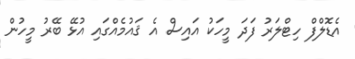
އެޑޮލްފް ހިޓްލަރު ފަދަ މީހަކު އައިސް އެ ޤައުމެއްގައި އުޅޭ ބޭރު މީހުން